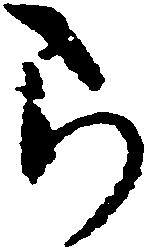
ら